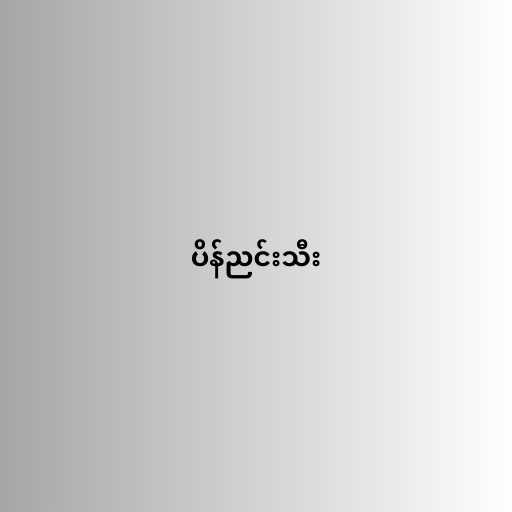
ပိန်ညင်းသီး